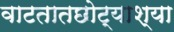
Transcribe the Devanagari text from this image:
वाटतातछोट्याश्या